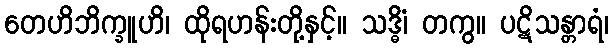
တေဟိဘိက္ခူဟိ၊ ထိုရဟန်းတို့နှင့်။ သဒ္ဓိံ၊ တကွ။ ပဋိသန္တာရံ၊